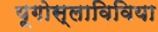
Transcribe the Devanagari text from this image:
यूगोस्लाविविया